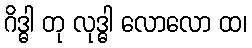
ဂိဒ္ဓါ တု လုဒ္ဓါ လောလော ထ၊